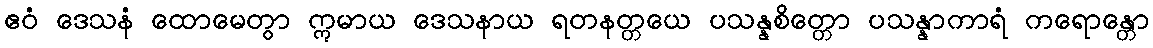
ဧဝံ ဒေသနံ ထောမေတွာ ဣမာယ ဒေသနာယ ရတနတ္တယေ ပသန္နစိတ္တော ပသန္နာကာရံ ကရောန္တော